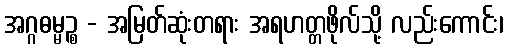
အဂ္ဂဓမ္မဉ္စ - အမြတ်ဆုံးတရား အရဟတ္တဖိုလ်သို့ လည်းကောင်း၊